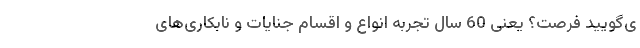
ی‌گویید فرصت؟ یعنی 60 سال تجربه انواع و اقسام جنایات و نابکاری‌های